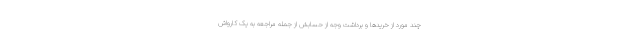
چند مورد از خریدها و برداشت وجه از حسابش از جمله مراجعه به یک کارواش